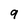
Character: 9